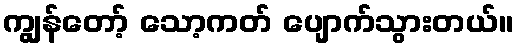
ကျွန်တော့် သော့ကတ် ပျောက်သွားတယ်။